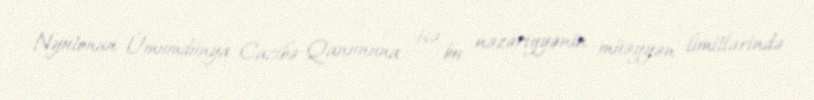
Nyutonun Ümumdünya Cazibə Qanununa isə bu nəzəriyyənin müəyyən limitlərində